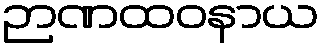
ဉာဏထဝနာယ